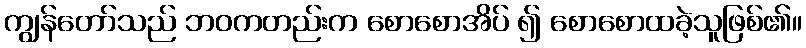
ကျွန်တော်သည် ဘဝကတည်းက စောစောအိပ် ၍ စောစောထခဲ့သူဖြစ်၏။